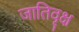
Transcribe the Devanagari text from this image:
जातिवृक्ष